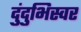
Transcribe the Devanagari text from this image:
दुंदुभिस्वर